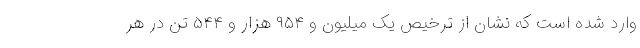
وارد شده است که نشان از ترخیص یک میلیون و ۹۵۴ هزار و ۵۴۴ تن در هر